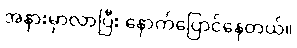
အနားမှာလာပြီး နောက်ပြောင်နေတယ်။